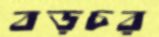
বড়চর